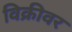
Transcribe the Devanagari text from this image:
विक्रीवर